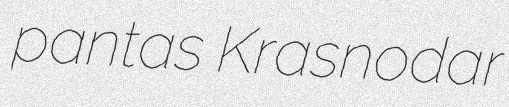
pantas Krasnodar